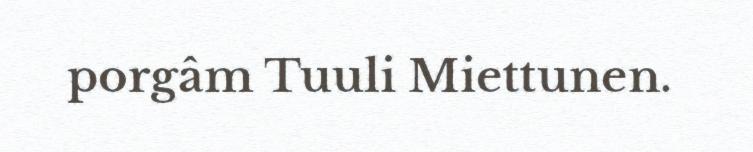
porgâm Tuuli Miettunen.